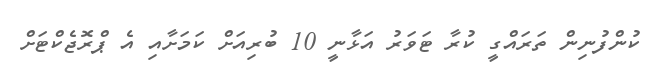
ކުންފުނިން ތަރައްގީ ކުރާ ޓަވަރު އަޅާނީ 10 ބުރިއަށް ކަމަށާއި އެ ޕްރޮޖެކްޓަށް